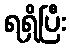
ရရှိပြီး